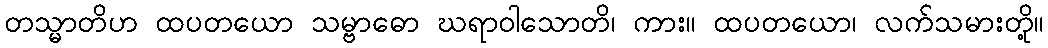
တသ္မာတိဟ ထပတယော သမ္ဗာဓော ဃရာဝါသောတိ၊ ကား။ ထပတယော၊ လက်သမားတို့။